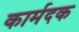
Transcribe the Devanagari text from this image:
कार्मदक